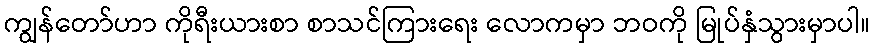
ကျွန်တော်ဟာ ကိုရီးယားစာ စာသင်ကြားရေး လောကမှာ ဘဝကို မြုပ်နှံသွားမှာပါ။